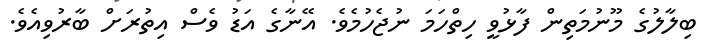
ބިލާލުގެ މޫނުމަތިން ފާޅުވީ ހިތްހަމަ ނުޖެހުމެވެ. އޭނާގެ އަޑު ވެސް އިތުރަށް ބާރުވިއެވެ.